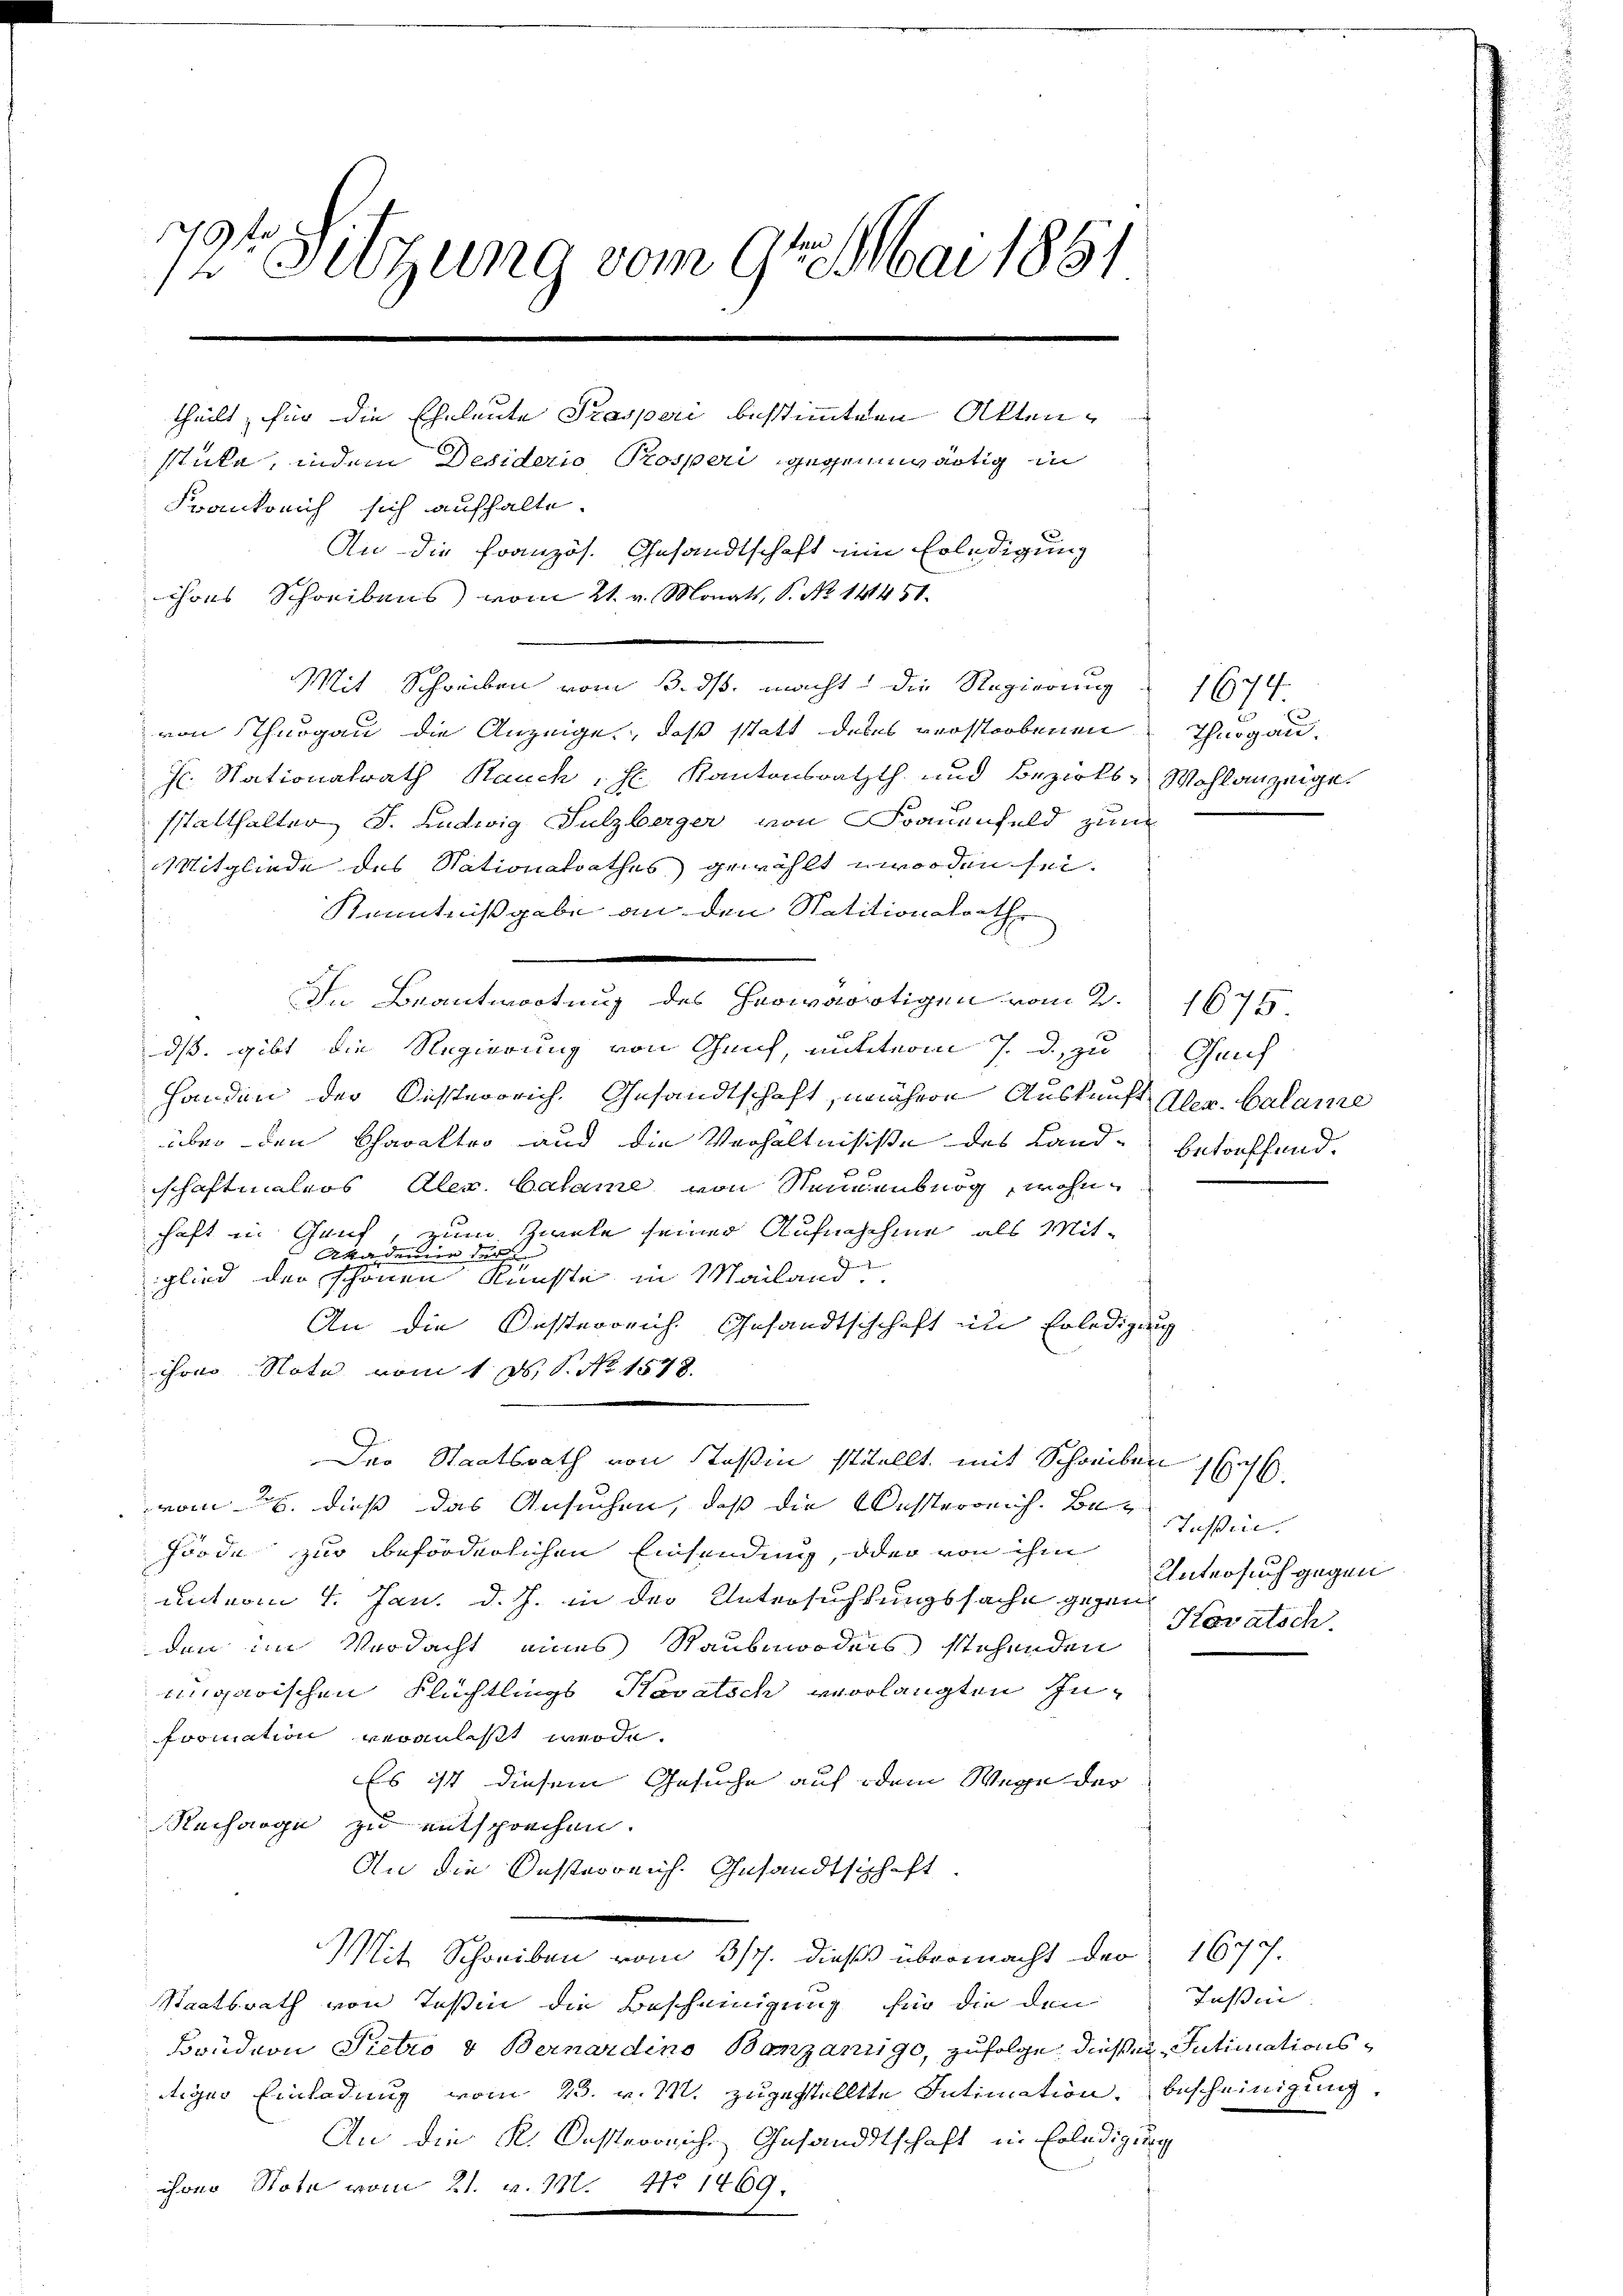
79 x
12 Setzung vom 9ten Mai 1861

An die Französ. Gesandtschaft ein Erledigung
ihres Schreibens vom 21. v. Monatt, P. No 141451.

von Thurgau die Anzeige, daß statt debes verstorbenen Thurgau,
J. Nationalrath Rauch, Hl. Kantonsrathth und Bezirks- Wohlanzeige
sstatthalter J. Ludwig Sulzberger von Frauenfeld zum
Mitgliede des Nationalrathes gewählt worden sei.
Kenntnißgabe an den Natitionsrath
Ihr Veranlastung der Gemeindereligen von der
dß gibt die Regierung von Genf, antterm 7. d. zu
Handen der Kisterreich. Gesandtschaft, nähere Auskunft Aler. Calame
über den Charaktro und die Verhältnisse des Land- betreffend.
schaftmalers Alex. Calame von Neuenburg, wohnhaft in Gauf, zum Zweke seiner Aufnaschine als Mit-
Akademie der
glied der schönen Rüste in Mailand
An die Oesterreich. Gesandtschchaft im Erledigung
chon Note vom 1. ds. S. No. 1578.
Der Staatsrath von Teßin stutellt mit Schreiben
vom 8. dieß das Ansuchen, daß die Westerreich. Be¬
Förde zur beförderlichen Einsendung, oder von ihm
unt vom 1. Jan. d. J. in der Untersuchtungssache gegen
den im Verdacht eines Raubenodens stehenden
ungarischen Flüchtlings Kovatsch verlangten Infromation veranlaßt werde.
Es ist diesem Gesuche auf dem Wege der
Recharge zu entsprechen.
An die Oesterreich. Gesandtschaft
Mit Schreiben vom 31. dieß übermacht der
Staatsrath von Teßin die Bescheinigung für die den
Brudern Pietro & Bernardino Banzaniigo, zufolge diesen Intimationsttiger Einladung vom 23. v. M. zugestellte Intimation bescheinigung,
An die K. Oesterreiche Gesandtschaft in Erledigung
chon Note vom 21. v. M. No 1469.

stücke, indem Desiderio Prosperi gegenwärtig in
Frankreich sich aufhalte.

theilt, für die Eheleute Prasperi bestimmten Akten¬

Mit Schreiben vom 3. ds. macht! Die Regierung 1674.

1675
Gruf

1676.
Teßin.
Untersuch gegen
Kovatsch.

1677.
Tessin.